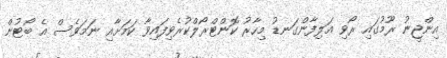
އިންޖީނު ރޫމުގައި ރޯވި އަލިފާންގަނޑު މިހާރު ކޮންޓްރޯލްކުރެވިފައިވާ ކަމަށާއި ނަމަވެސް އެ ބޯޓުން